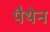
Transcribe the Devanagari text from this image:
पैथेन